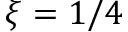
\xi = 1 / 4